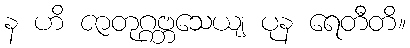
န ဟိ ဇာတုဂ္ဂဗ္ဘသေယျ ပုန ရေတီတိ။